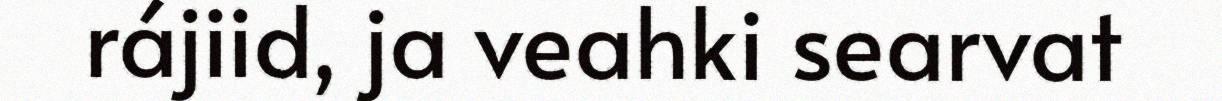
rájiid, ja veahki searvat